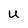
Character: u